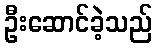
ဦးဆောင်ခဲ့သည်